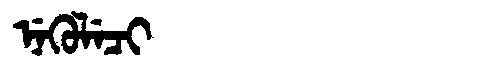
Manchu: ᠨᡝᡴᡠᠯᡝᠴᡳ
Romanization: NEKULECI